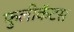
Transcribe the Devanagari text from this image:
फुलीकॅटस